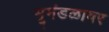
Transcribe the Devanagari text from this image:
भूमंडळावर